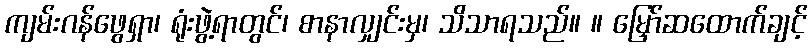
ကျမ်းဂန်ဖွေရှာ၊ ရုံးဖွဲ့ရာတွင်၊ စာနာလျှင်းမှ၊ သိသာရသည်။ ။ မြှော်ဆထောက်ချင့်